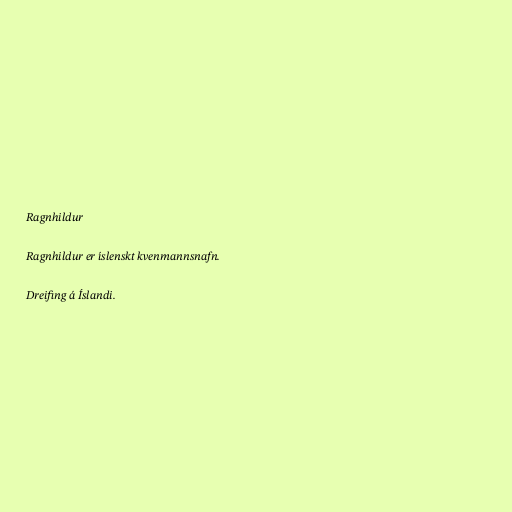
Ragnhildur

Ragnhildur er íslenskt kvenmannsnafn.

Dreifing á Íslandi.